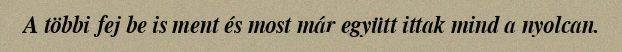
A többi fej be is ment és most már együtt ittak mind a nyolcan.